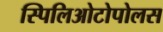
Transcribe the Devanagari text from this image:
स्पिलिओटोपोलस